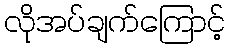
လိုအပ်ချက်ကြောင့်